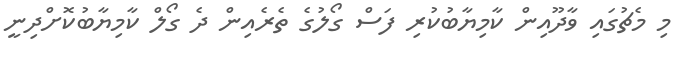
މި މެޗުގައި ވާދޫއިން ކާމިޔާބުކުރި ފަސް ގޯލުގެ ތެރެއިން ދެ ގޯލް ކާމިޔާބުކޮށްދިނީ